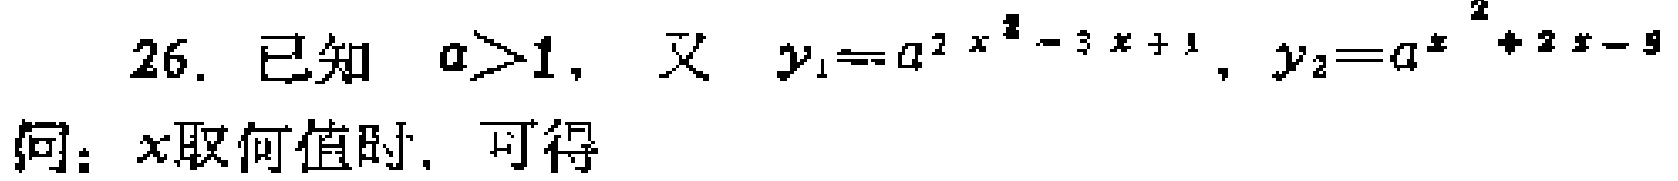
26. 已知 \(a > 1\)，又 \(y_{1}=a^{2x^{2}-3x + 1}\)，\(y_{2}=a^{x^{2}+2x - 5}\)

问：\(x\)取何值时，可得